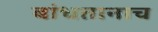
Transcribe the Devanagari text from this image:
बांधतानाच